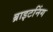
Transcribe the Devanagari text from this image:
ब्राइटनिंग